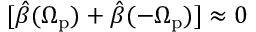
[ \hat { \beta } ( \Omega _ { \mathrm { p } } ) + \hat { \beta } ( - \Omega _ { \mathrm { p } } ) ] \approx 0